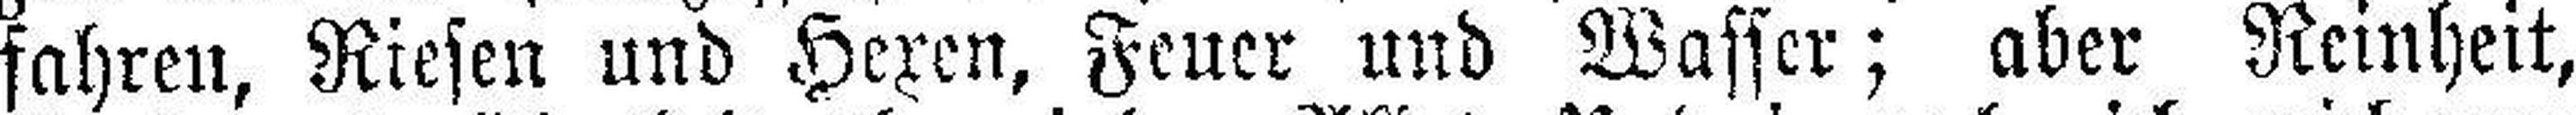
fahren, Riesen und Hexen, Feuer und Wasser; aber Reinheit,